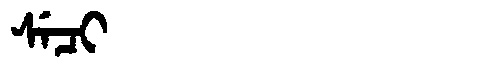
Manchu: ᠰᡝᠴᡳ
Romanization: SECI